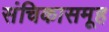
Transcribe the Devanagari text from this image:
संचिकासमूह